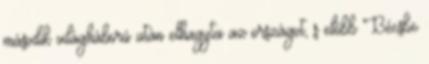
második világháború után elhagyta az országot, s előbb Bécsbe